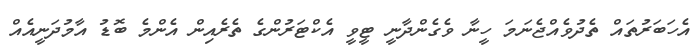
އެހަބަރުތައް ތެދުވެއްޖެނަމަ ހީނާ ވެގެންދާނީ ޓީވީ އެކްޓަރުންގެ ތެރެއިން އެންމެ ބޮޑު އާމުދަނީއެއް